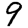
Digit: 9